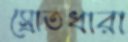
স্রোতধারা